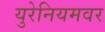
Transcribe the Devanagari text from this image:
युरेनियमवर